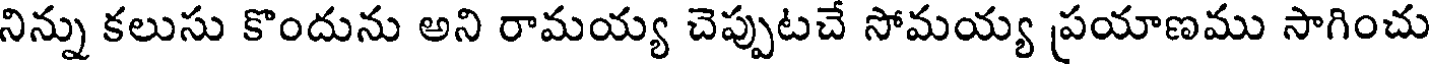
నిన్ను కలుసు కొందును అని రామయ్య చెప్పుటచే సోమయ్య ప్రయాణము సాగించు